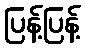
ပြန့်ပြန့်